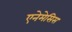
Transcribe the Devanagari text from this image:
एनेमेसिस